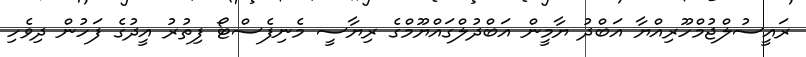
ރައީސުލްޖުމްހޫރިއްޔާ އަބްދު ޔާމީން އަބްދުލްގައްޔޫމްގެ ރިޔާސީ މެނިފެސްޓޯ ފިތުރު އީދުގެ ފަހުން ދިވެހި